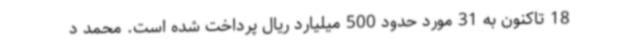
18 تاکنون به 31 مورد حدود 500 میلیارد ریال پرداخت شده است. محمد د